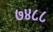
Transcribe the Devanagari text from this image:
७४८८